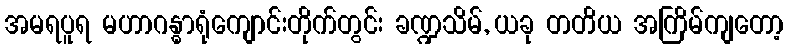
အမရပူရ မဟာဂန္ဓာရုံကျောင်းတိုက်တွင်း ခဏ္ဍသိမ်, ယခု တတိယ အကြိမ်ကျတော့